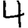
Digit: 4